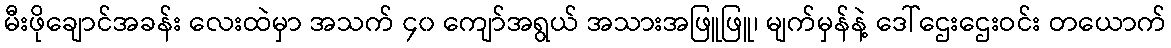
မီးဖိုချောင်အခန်း လေးထဲမှာ အသက် ၄၀ ကျော်အရွယ် အသားအဖြူဖြူ၊ မျက်မှန်နဲ့ ဒေါ်ဌေးဌေးဝင်း တယောက်